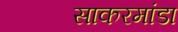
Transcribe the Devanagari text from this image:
साकरमांडा